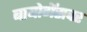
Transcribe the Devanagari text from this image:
बायोगॅसवर